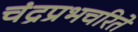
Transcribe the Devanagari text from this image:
चंद्रप्रभचरिते